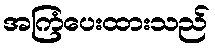
အကြံပေးထားသည်